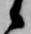
候